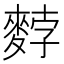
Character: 𪌰